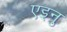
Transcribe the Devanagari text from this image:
एइनु